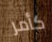
كأمر